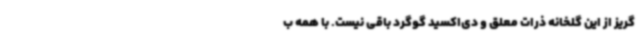
گریز از این گلخانه ذرات معلق و دی‌اکسید گوگرد باقی نیست. با همه ب